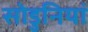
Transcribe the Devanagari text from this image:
सोडुनियां